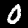
Label: 0